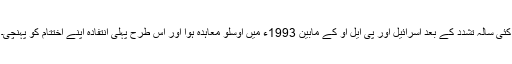
کئی سالہ تشدد کے بعد اسرائیل اور پی ایل او کے مابین 1993ء میں اوسلو معاہدہ ہوا اور اس طرح پہلی انتفادہ اپنے اختتام کو پہنچی۔